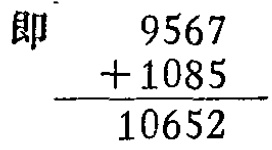
即

\[

\begin{array}{r}

9567 \\

+ 1085 \\

\hline

10652

\end{array}

\]